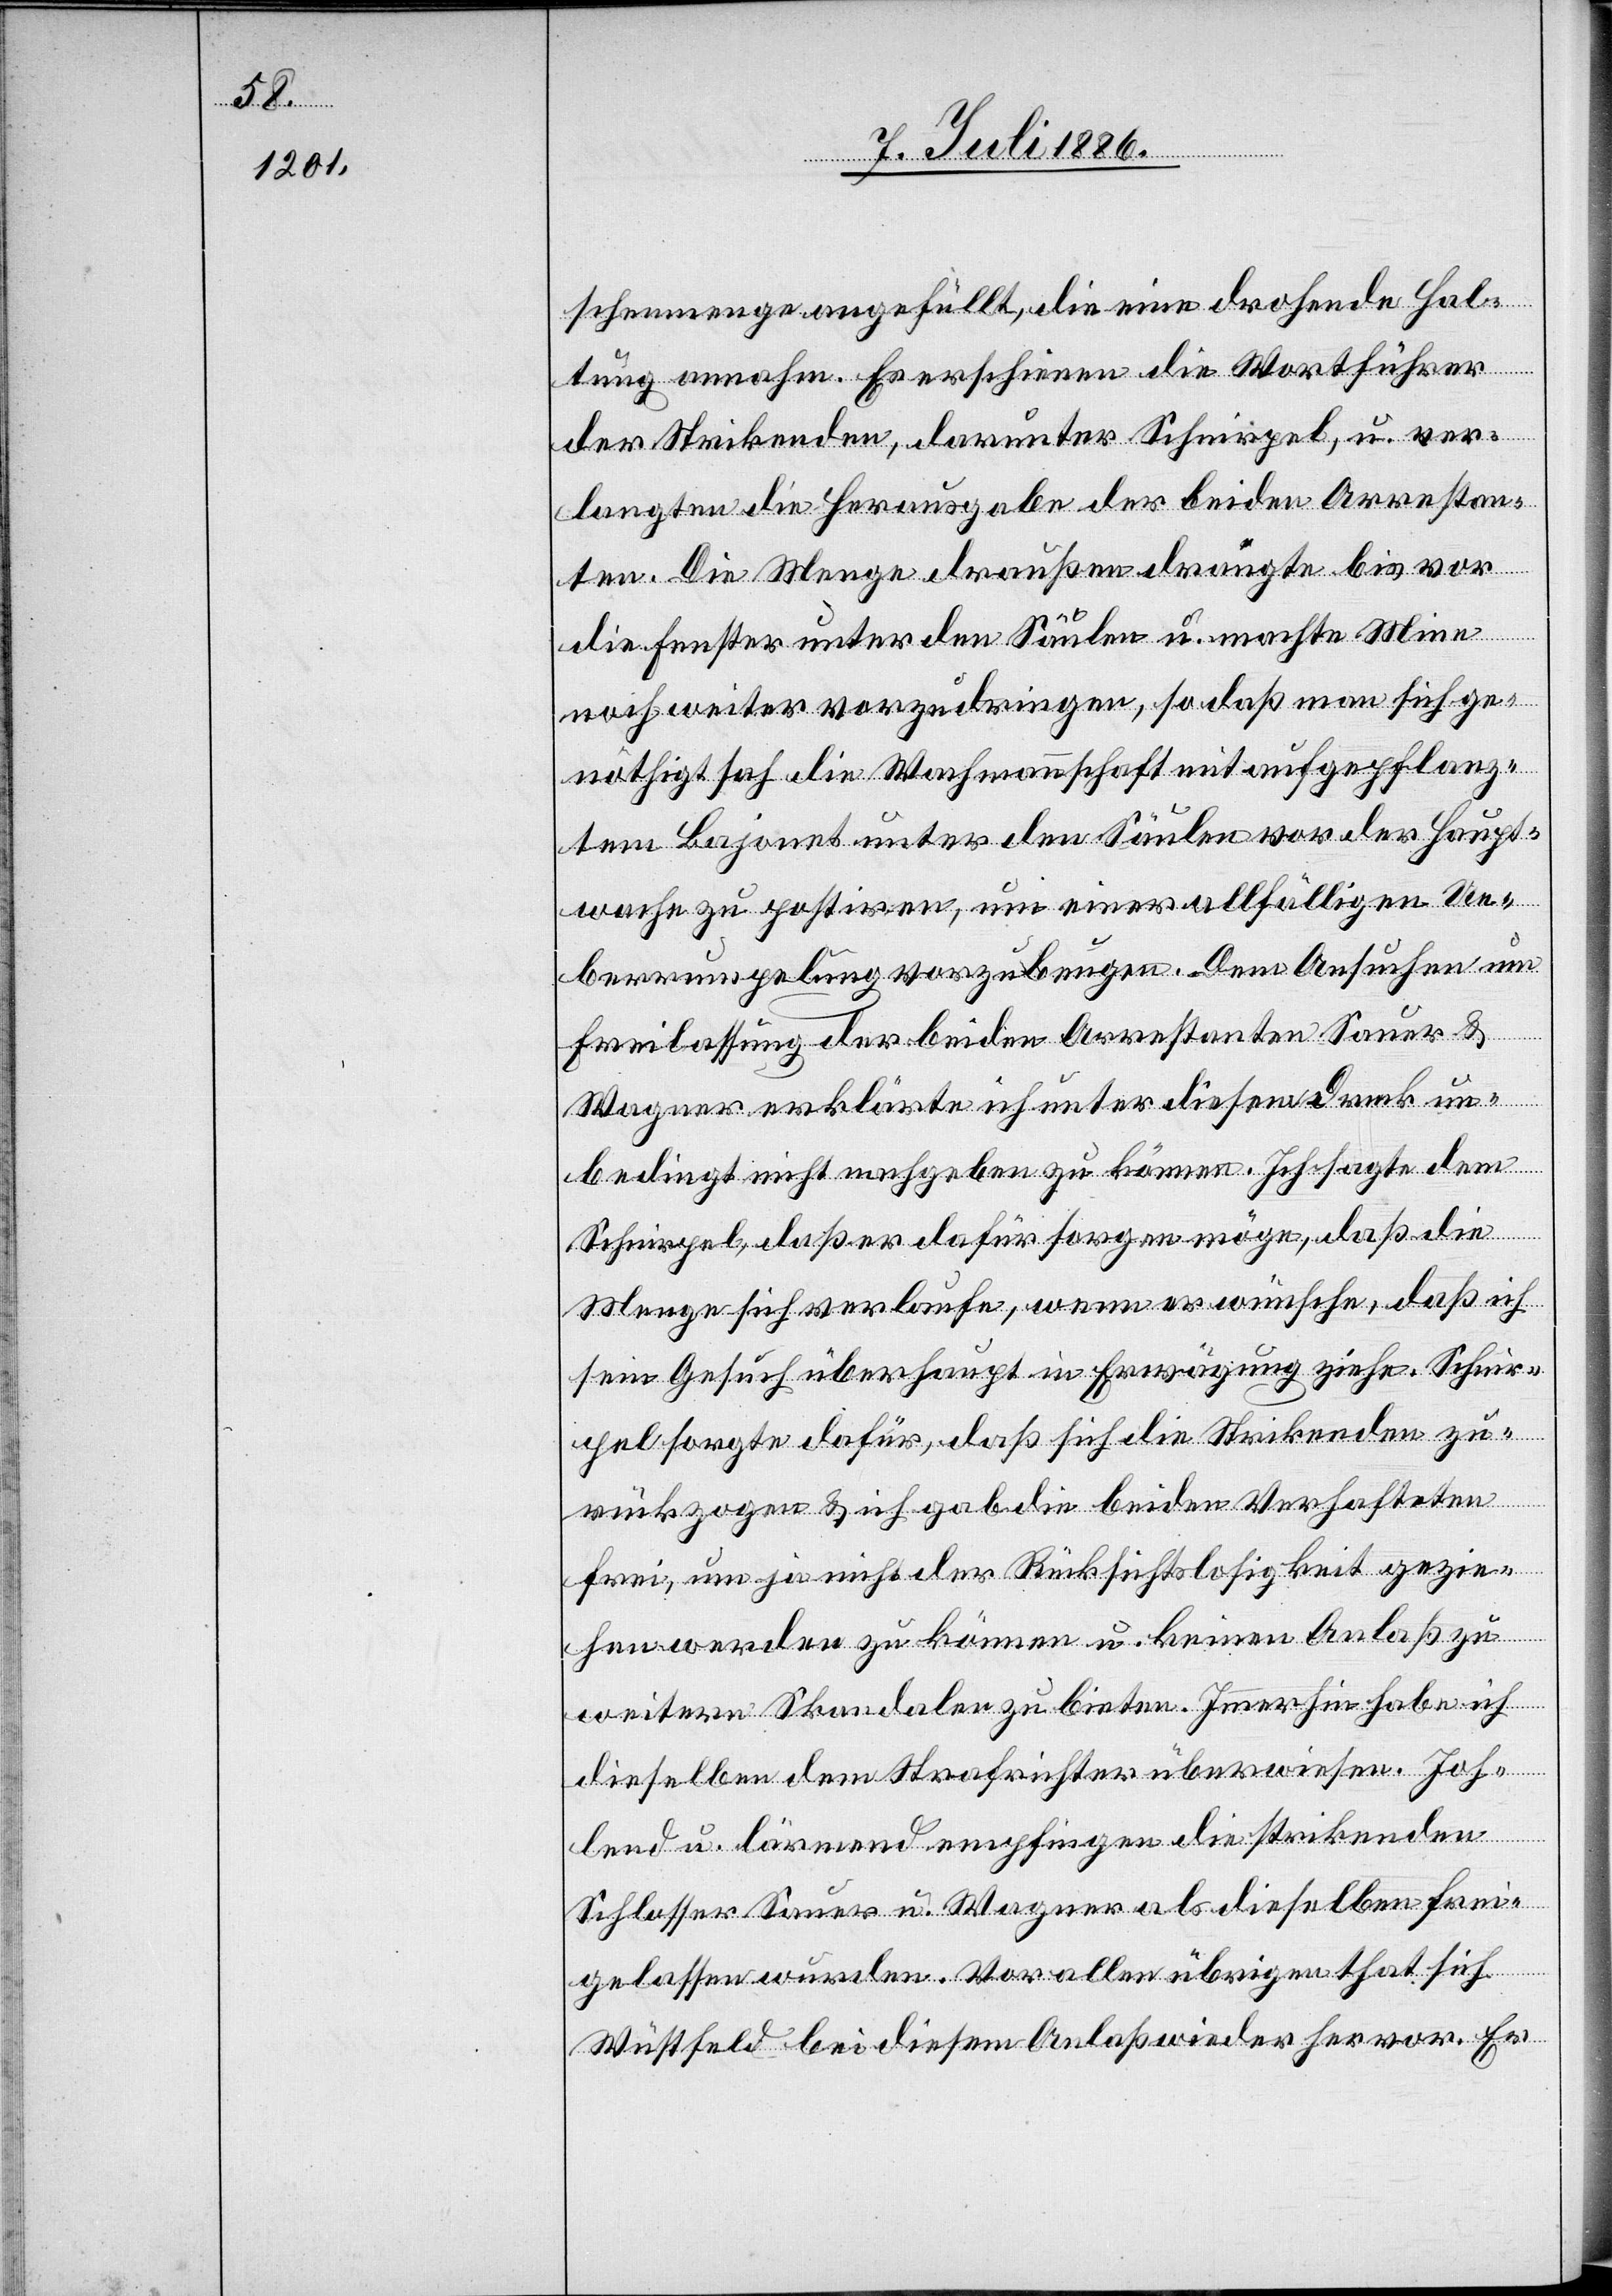
schenmenge angefüllt, die eine drohende Hal¬
tung annahm. Es erschienen die Wortführer
der Strikenden, darunter Schnirpel, u. ver¬
langten die Herausgabe der beiden Arrestan¬
ten. Die Menge draußen drängte bis vor
die Fenster unter den Säulen u. machte Mine
noch weiter vorzudringen, so daß man sich ge¬
nöthigt sah die Wachmannschaft mit aufgepflanz¬
tem Bajonet unter den Säulen vor der Haupt¬
wache zu postiren, um einer allfälligen Ue¬
berrumpelung vorzubeugen. Dem Ansuchen um
Freilassung der beiden Arrestanten Sauer &
Wagner erklärte ich unter diesem Druck un¬
bedingt nicht nachgeben zu können. Ich sagte dem
Schnirpel, daß er dafür sorgen möge, daß die
Menge sich verlaufe, wenn er wünsche, daß ich
sein Gesuch überhaupt in Erwägung ziehe. Schnir¬
pel sorgte dafür, daß sich die Strikenden zu¬
rückzogen & ich gab die beiden Verhafteten
frei, um ja nicht der Rücksichtslosigkeit gezie¬
hen werden zu können u. keinen Anlaß zu
weitern Skandalen zu bieten. Immerhin habe ich
dieselben dem Strafrichter überwiesen. Joh¬
lend u. lärmend empfingen die strikenden
Schlosser Sauer u. Wagner als dieselben frei¬
gelassen wurden. Vor allen übrigen that sich
Wüstfeld [sic!] bei diesem Anlaß wieder hervor. Er